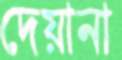
দেয়ানা